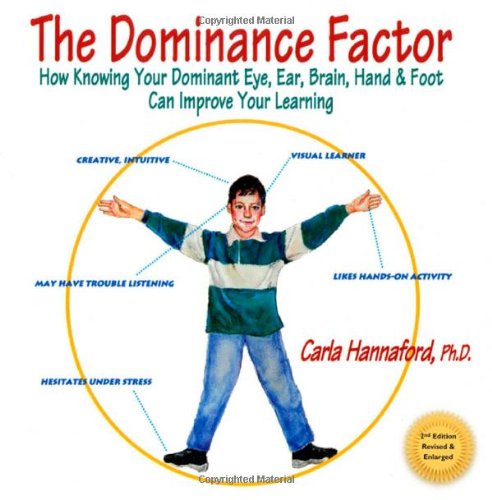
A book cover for The Dominance Factor: How Knowing Your Dominant Eye, Ear, Brain, Hand & Foot Can Improve Your Learning; Carla Hannaford; Parenting & Relationships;